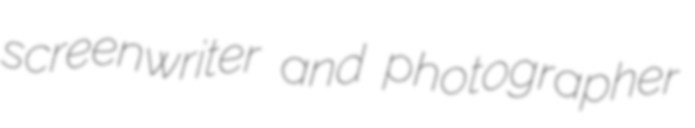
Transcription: screenwriter and photographer